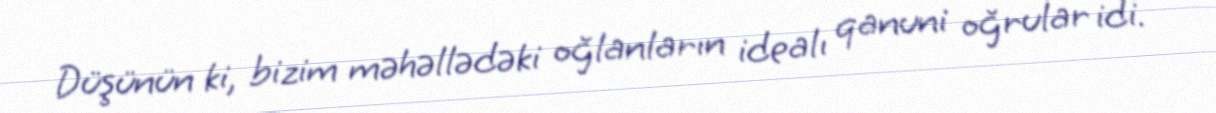
Düşünün ki, bizim məhəllədəki oğlanların idealı qanuni oğrular idi.